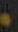
.